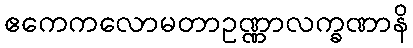
ဧကေကလောမတာဥဏ္ဏာလက္ခဏာနိ